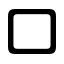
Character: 口